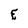
Character: E